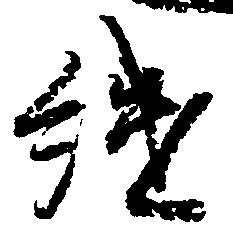
継